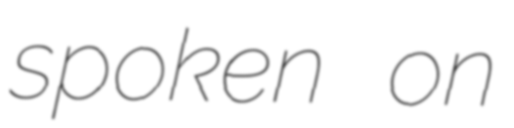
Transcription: spoken on